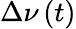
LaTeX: \Delta\nu\left(t\right)